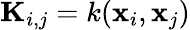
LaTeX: \mathbf{K}_{i,j}=k(\mathbf{x}_{i},\mathbf{x}_{j})